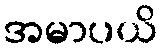
အမာပယိ